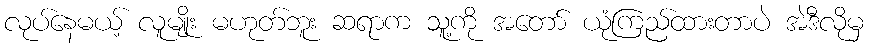
လုပ်နေမယ့် လူမျိုး မဟုတ်ဘူး ဆရာက သူ့ကို အတော် ယုံကြည်ထားတာပဲ အဲဒီလိုမှ